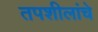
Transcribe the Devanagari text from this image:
तपशीलांचे